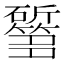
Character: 𱡰